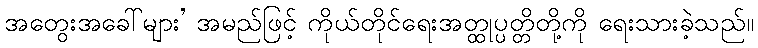
အတွေးအခေါ်များ’ အမည်ဖြင့် ကိုယ်တိုင်ရေးအတ္ထုပ္ပတ္တိတို့ကို ရေးသားခဲ့သည်။